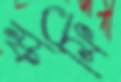
স্কফি